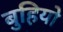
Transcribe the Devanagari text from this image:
बुहियो